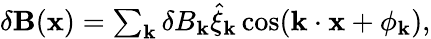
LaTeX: \begin{array}{r}{\delta\mathbf{B}(\mathbf{x})=\sum_{\mathbf{k}}\delta B_{\mathbf{k}}\hat{\xi}_{\mathbf{k}}\cos(\mathbf{k}\cdot\mathbf{x}+\phi_{\mathbf{k}}),}\end{array}